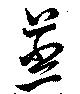
蒸